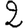
Digit: 2